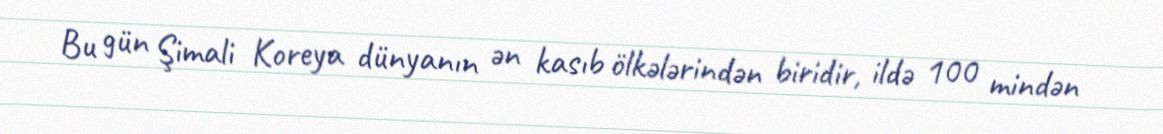
Bu gün Şimali Koreya dünyanın ən kasıb ölkələrindən biridir, ildə 100 mindən